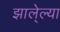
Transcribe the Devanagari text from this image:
झाले्ल्या